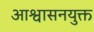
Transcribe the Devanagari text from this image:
आश्वासनयुक्त